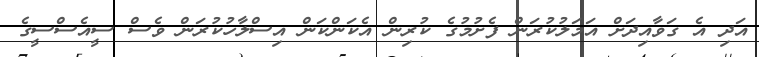
އަދި އެ ގަވާއިދަށް އަމަލުކުރަން ފެށުމުގެ ކުރިން އެކަންކަން އިސްލާހުކުރަން ވެސް ސީއެސްސީގެ